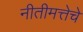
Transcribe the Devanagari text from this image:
नीतीमत्तेचे